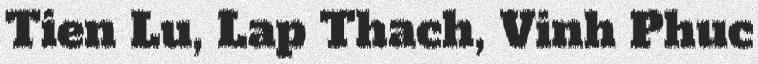
Tien Lu, Lap Thach, Vinh Phuc